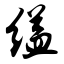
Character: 缢